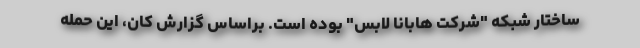
ساختار شبکه "شرکت هابانا لابس" بوده است. براساس گزارش کان، این حمله